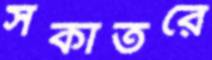
সকাতরে